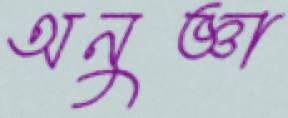
অনুজ্ঞা